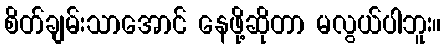
စိတ်ချမ်းသာအောင် နေဖို့ဆိုတာ မလွယ်ပါဘူး။